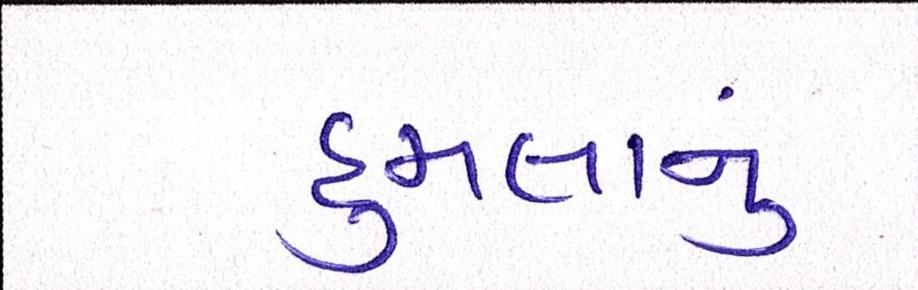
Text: હુમલાનું